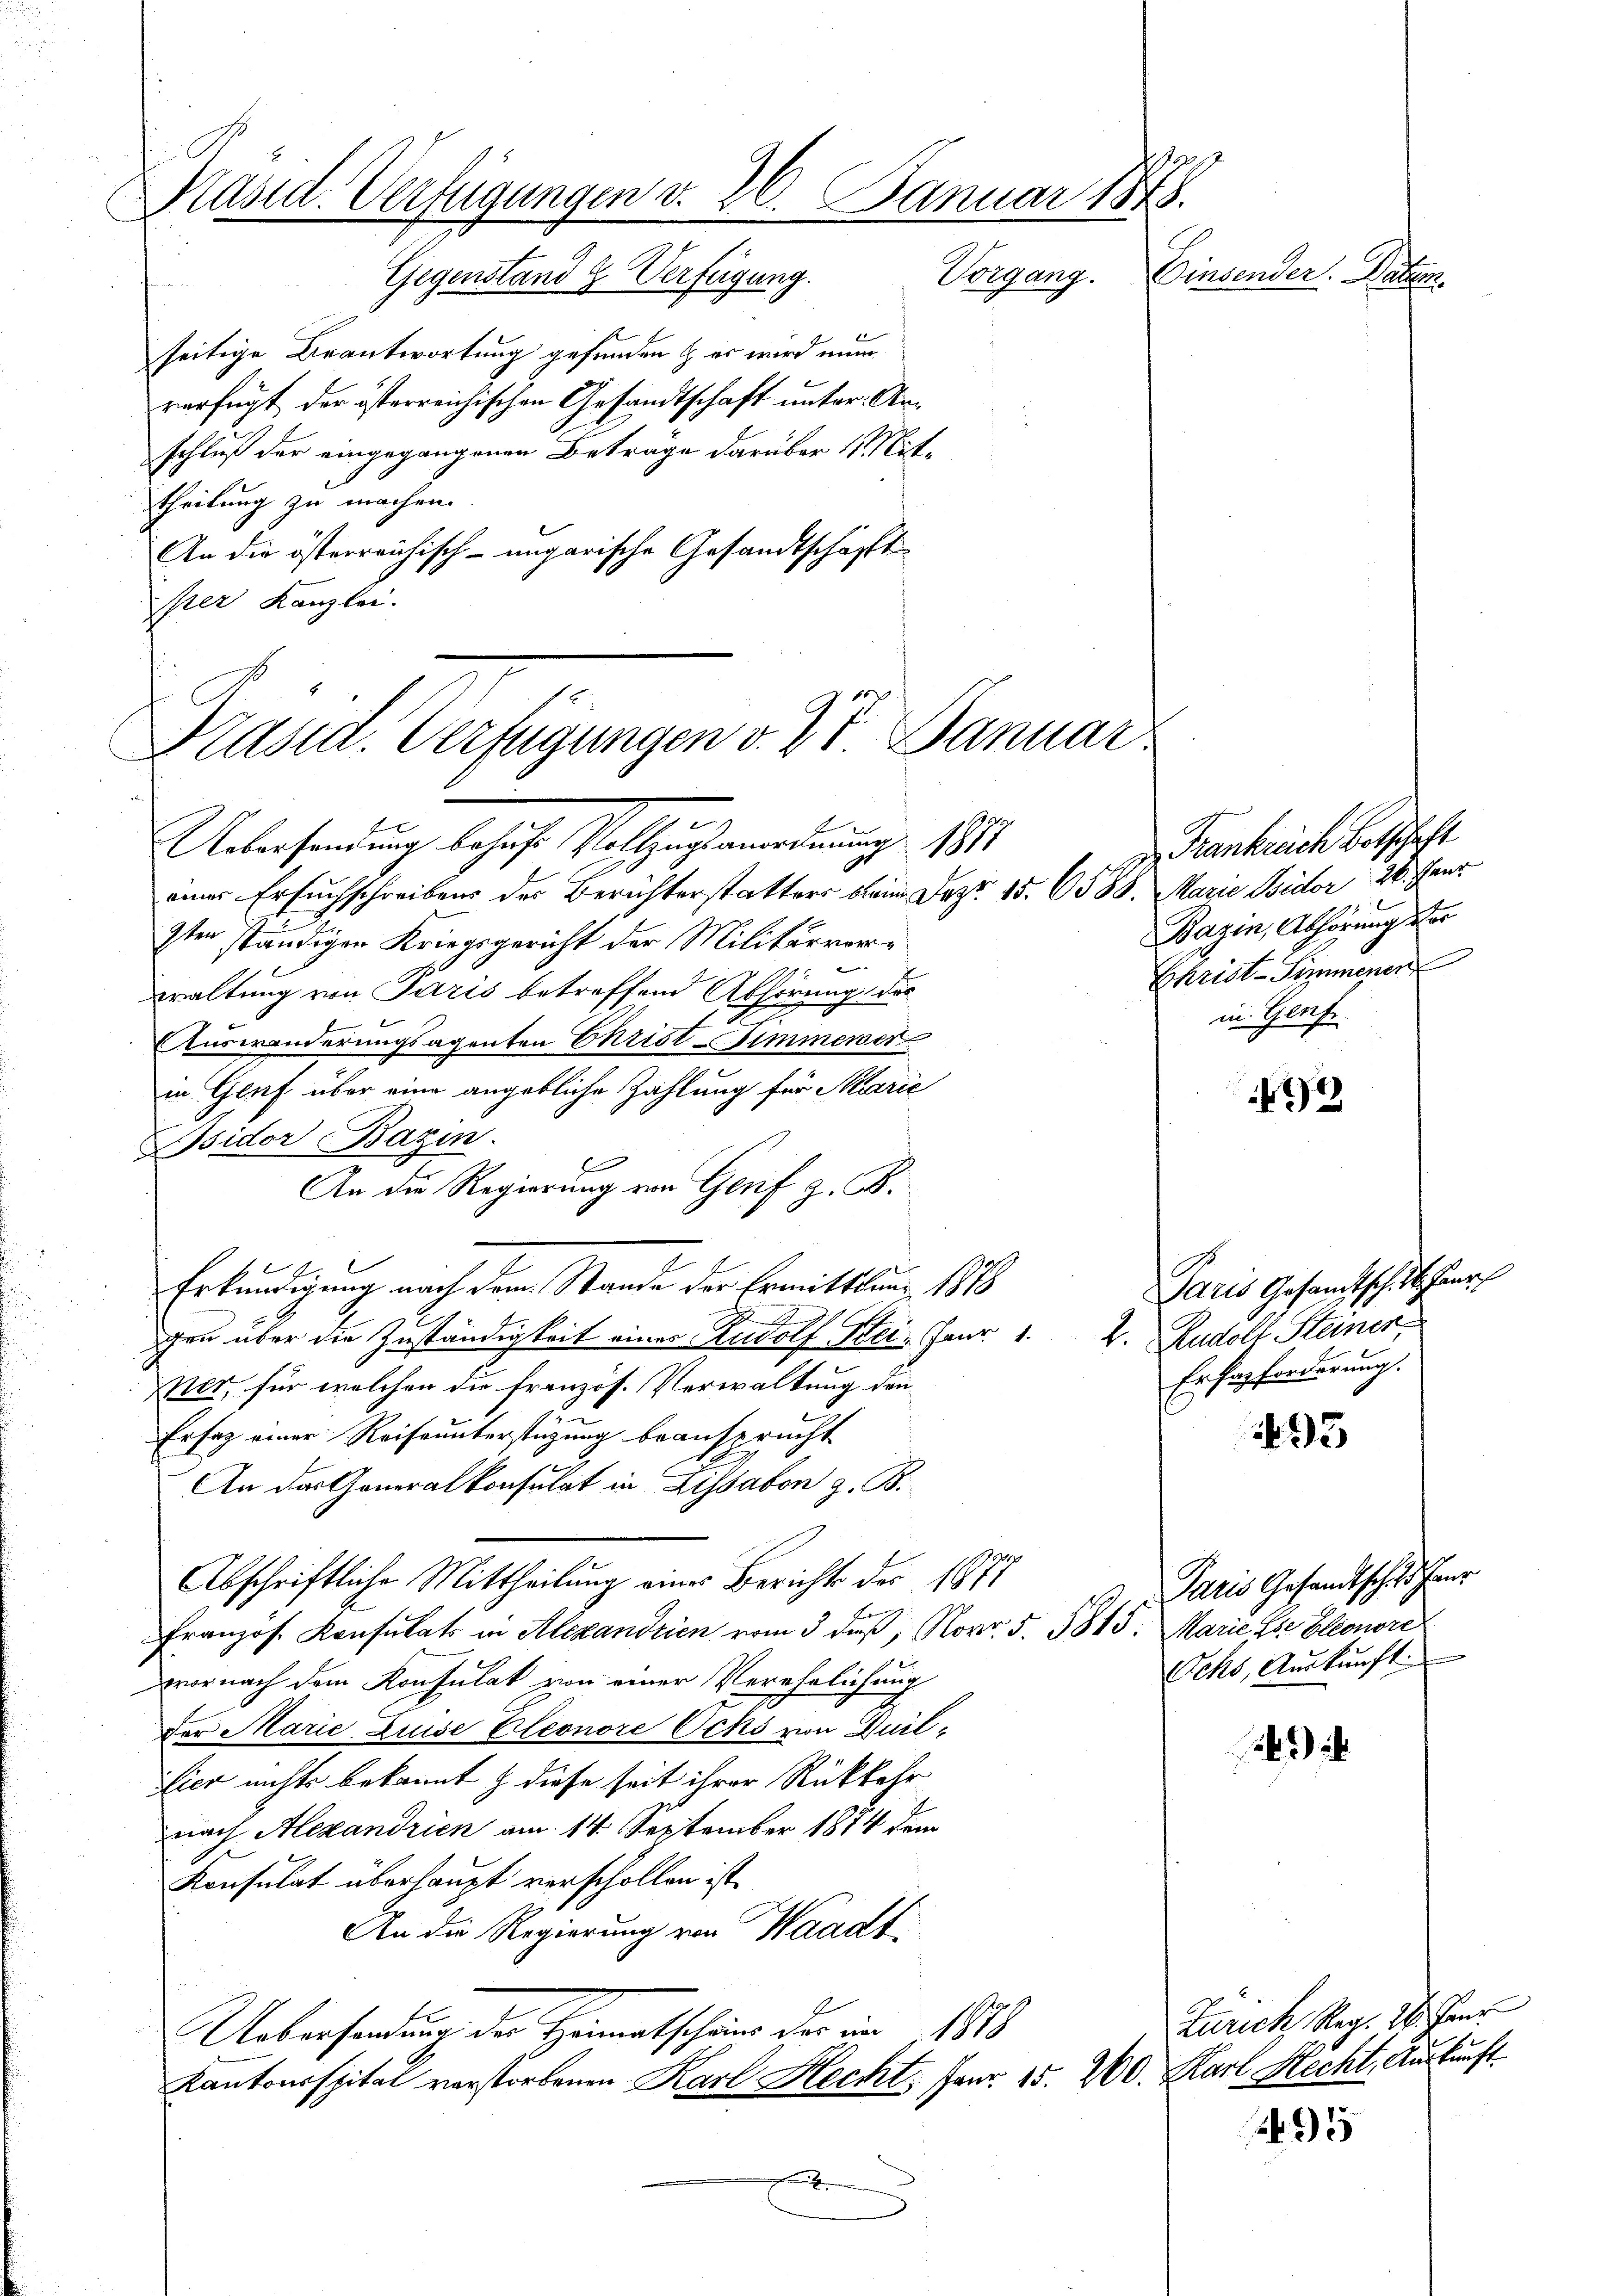
h
Präsid. Verfügungen v. 26. Januar 1848.
Einsender. Patem.
Vorgang.

Gegenstand  Verfügung.
dalen
seitige Beantwortung gefunden & er wird nun
verfügt der österreichischen Gesandtschaft unter Arschluß der eingegangenen Beträge darüber 11 Mittheilung zu machen.
An die österreichisch-ungarische Gesandtschäfft
iper Kanzlei.

Präsid. Verfügungen v. 27. Januar

Uebersendung behufe Vollzustenordnung
17
einer Ersuchschreibens des Berichterstatters beim Dez. 15. 6588. Marie Isidor 26. Janr
7ten ständigen Kriegsgericht der Militärvorwaltung von Paris betreffend Abhörung der
Auswanderungsagenten Ehrist-Fimmerer
in Genf über eine angebliche Zahlung für Alarie
Bsidor Bazin
f
An die Regierung von Genf z. B.
E
Erkundigung nach dem Stande der Ermittlung 1878
2
gen über die Zuständigkeit einer Rudolf Stei. Janr. 1. 2. Rudolf Steiner,
per, für welchen die französ. Verwaltung den¬
Ersatz einer Reiseunterstüzung beansprucht
An das Generalkonsulat in Lissabon z. B.
Abschriftliche Mittheilung eines Berichts des 1877
Französ. Konsulats in Alexandrien vom 3. daß, Nov. 5. 5815. Marie die Eleonore
wornach dem Konsulat von einer Verehelichung
der Marie Luise Eleonore Ocks von Würt¬
Eier nichts bekannt & diese seit ihrer Rückkehr
nach Alexandrien am 14. September 1874 dem
Konsulat überhaupt verschollen ist.
An die Regierung von Waadt
Uebersendung der Heimatschens der im 1888
Kantonsspital verstorbenen Karl Hecht, Panr. 15. 200. Karl Hecht, Auskunft

Frankreich Botschaft
Bazin, Abhörung vor
Christ-Simmenen
in Genf

Paris Gesandtschaft Haus
Ochs, Auskunft

472

Paris Gesandtschaftshaus
Erferforderung.

3

95

Zürich Reg. W. Bur